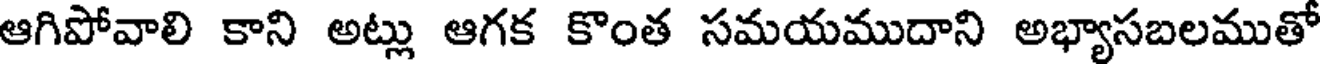
ఆగిపోవాలి కాని అట్లు ఆగక కొంత సమయముదాని అభ్యాసబలముతో